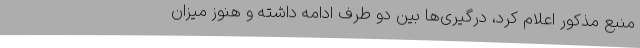
منبع مذکور اعلام کرد، درگیری‌ها بین دو طرف ادامه داشته و هنوز میزان